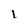
Character: I